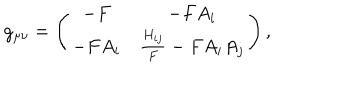
g _ { \mu \nu } = \left( \begin{matrix} { { - F } } & { { - F A _ { i } } } \\ { { - F A _ { i } } } & { { \frac { H _ { i j } } { F } - F A _ { i } A _ { j } } } \\ \end{matrix} \right) ,